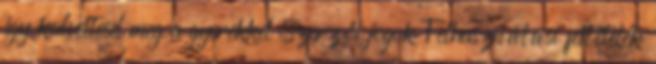
így kedveltesd meg a gyerekkel Szerzői jogok Felhasználási feltételek